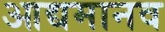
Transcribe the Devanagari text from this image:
आद्यमानव